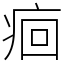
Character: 痐